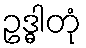
ဥဒ္ဓါတုံ